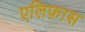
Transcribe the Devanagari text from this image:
एलिफ़ास